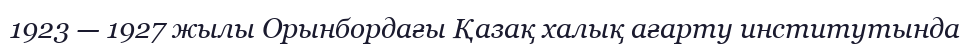
1923 — 1927 жылы Орынбордағы Қазақ халық ағарту институтында